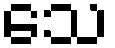
သေ